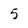
Character: 5